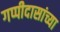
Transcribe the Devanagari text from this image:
गप्पीदासांच्या